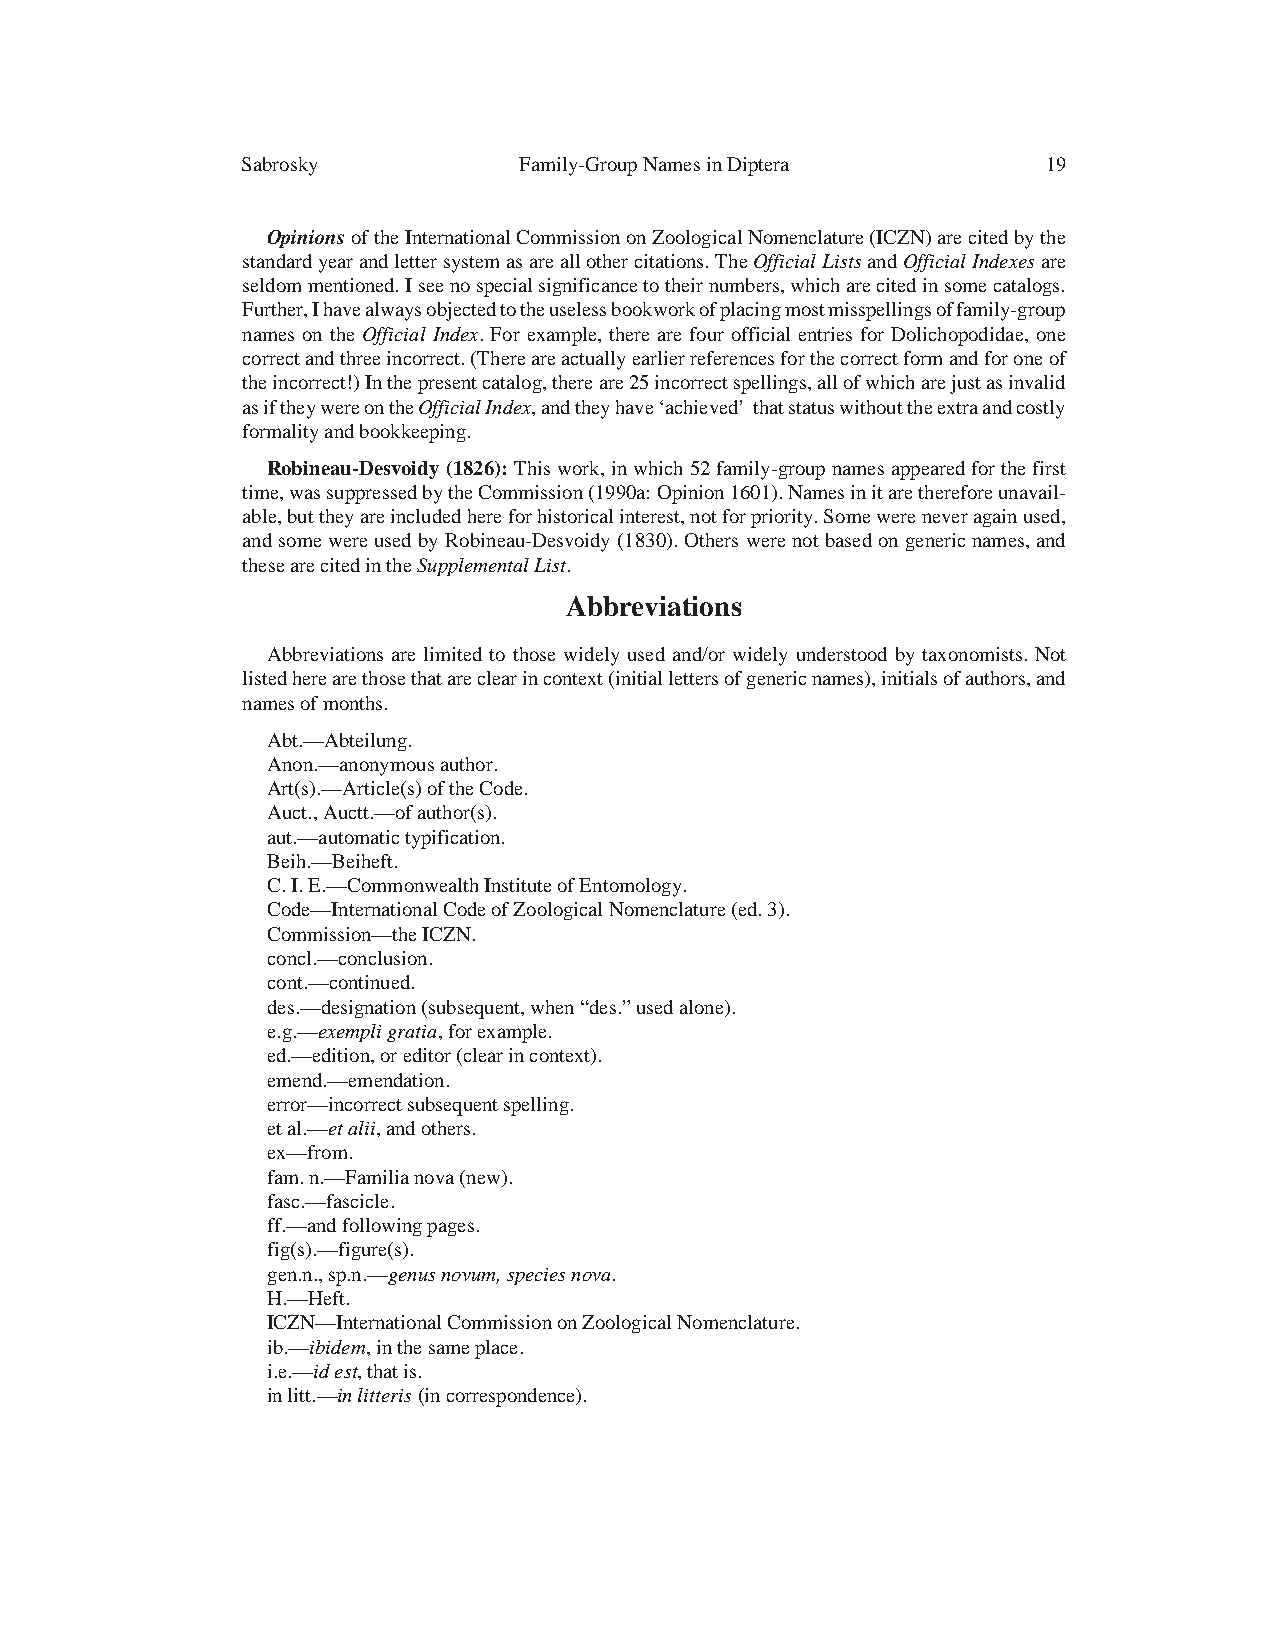
Sabrosky          Family-GroupNamesinDiptera         19
 OpinionsoftheInternationalCommissiononZoologicalNomenclature(ICZN)arecitedbythe
 standardyearandlettersystemasareallothercitations.TheOfficialListsandOfficialIndexesare
 seldommentioned.Iseenospecialsignificancetotheirnumbers, whichare citedinsomecatalogs.
 Further,Ihavealwaysobjectedtotheuselessbookworkofplacingmostmisspellingsoffamily-group
 names on the Official Index. For example, there are four official entries for Dolichopodidae, one
 correct andthreeincorrect. (Thereare actuallyearlier references forthecorrectformandforoneof
 theincorrect!)Inthe presentcatalog,thereare25 incorrectspellings,all of which arejustasinvalid
 asiftheywereontheOfficialIndex,andtheyhave‘achieved’ thatstatuswithouttheextraandcostly
 formality andbookkeeping.
 Robineau-Desvoidy(1826):Thiswork,inwhich 52family-groupnamesappearedforthefirst
 time,wassuppressed by the Commission (1990a: Opinion 1601).Namesinitarethereforeunavail-
 able, buttheyareincludedhere forhistorical interest,notforpriority.Some were never againused,
 andsome wereusedby Robineau-Desvoidy (1830). Otherswere not basedon genericnames,and
 thesearecited intheSupplementalList.
 Abbreviations
 Abbreviations are limited to those widely used and/or widely understood by taxonomists. Not
 listedherearethosethatareclearincontext(initiallettersofgenericnames),initialsofauthors,and
 namesofmonths.
 Abt.—Abteilung.
 Anon.—anonymousauthor.
 Art(s).—Article(s)of theCode.
 Auct.,Auctt.—of author(s).
 aut.—automatictypification.
 Beih.—Beiheft.
 C.I.E.—Commonwealth InstituteofEntomology.
 Code—International CodeofZoological Nomenclature (ed.3).
 Commission—theICZN.
 concl.—conclusion.
 cont.—continued.
 des.—designation(subsequent,when“des.”usedalone).
 e.g.—exempligratia,for example.
 ed.—edition,or editor(clearin context).
 emend.—emendation.
 error—incorrectsubsequentspelling.
 et al.—et alii,andothers.
 ex—from.
 fam. n.—Familianova (new).
 fasc.—fascicle.
 ff.—andfollowingpages.
 fig(s).—figure(s).
 gen.n.,sp.n.—genusnovum,speciesnova.
 H.—Heft.
 ICZN—InternationalCommissiononZoologicalNomenclature.
 ib.—ibidem,in the sameplace.
 i.e.—id est,thatis.
 in litt.—inlitteris(incorrespondence).